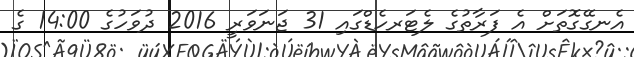
އެނގޭގޮތަށް އެ ފަރާތުގެ ލެޓަރހެޑްގައި 31 ޖަނަވަރީ 2016 ދުވަހުގެ 14:00 ގެ